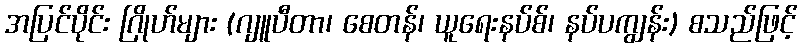
အပြင်ပိုင်း ဂြိုဟ်များ (ဂျူပီတာ၊ စေတန်၊ ယူရေးနပ်စ်၊ နပ်ပကျွန်း) စသည်ဖြင့်